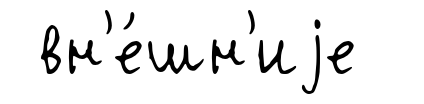
вн'е́шн'иjе